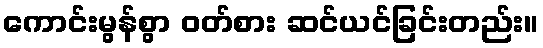
ကောင်းမွန်စွာ ဝတ်စား ဆင်ယင်ခြင်းတည်း။